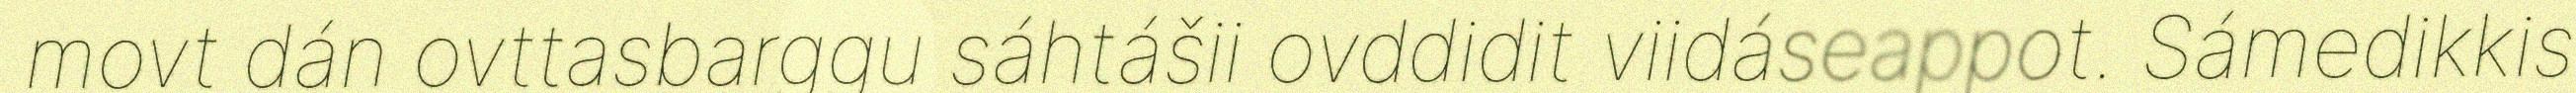
movt dán ovttasbarggu sáhtášii ovddidit viidáseappot. Sámedikkis